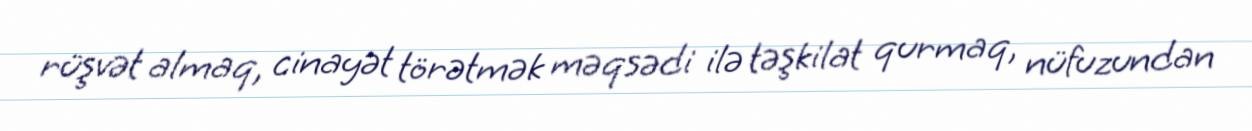
rüşvət almaq, cinayət törətmək məqsədi ilə təşkilat qurmaq, nüfuzundan